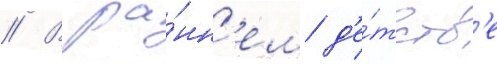
// В ра́нн'ем д'е́тств'е